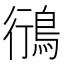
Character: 鴴